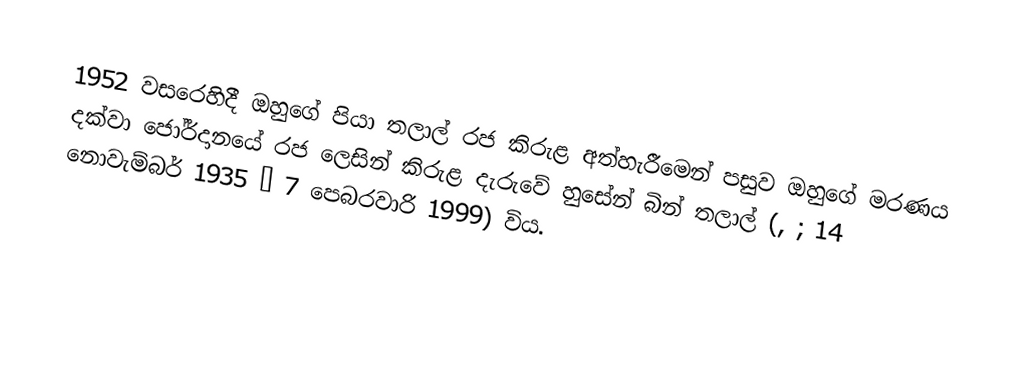
1952 වසරෙහිදී ඔහුගේ පියා තලාල් රජ  කිරුළ අත්හැරීමෙන් පසුව ඔහුගේ මරණය දක්වා ජෝර්දානයේ රජ ලෙසින් කිරුළ දැරුවේ හුසේන් බින් තලාල් (, ; 14 නොවැම්බර් 1935 – 7 පෙබරවාරි 1999) විය.